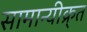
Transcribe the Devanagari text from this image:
सामान्यीक्र्त